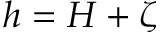
h = H + \zeta